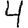
Digit: 4